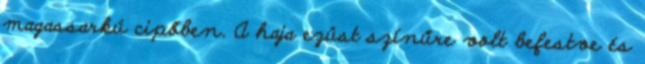
magassarkú cipőben. A haja ezüst színűre volt befestve és